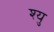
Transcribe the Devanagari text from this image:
श्यु